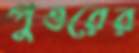
পুওরের